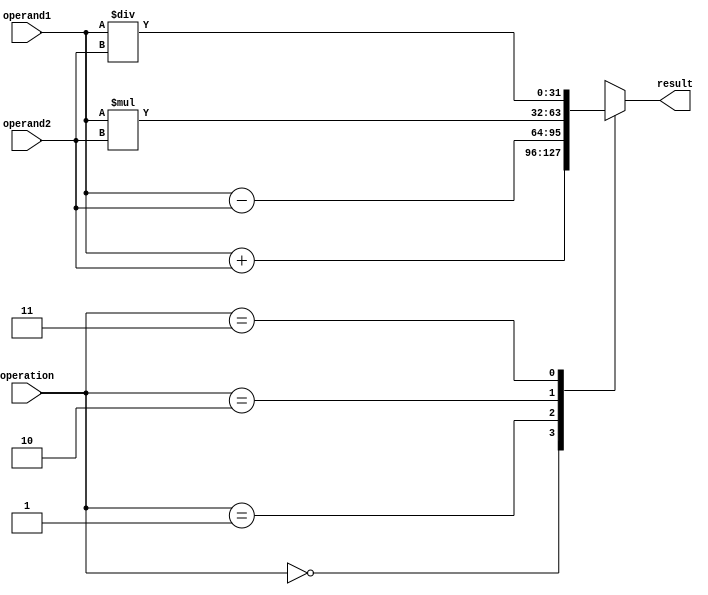
module FixedPointFloatingPointUnit (
    input wire [31:0] operand1,
    input wire [31:0] operand2,
    input wire [1:0] operation,
    output wire [31:0] result
);

reg [31:0] intermediate_result;

always @(*) begin
    case(operation)
        2'b00: intermediate_result <= operand1 + operand2;
        2'b01: intermediate_result <= operand1 - operand2;
        2'b10: intermediate_result <= operand1 * operand2;
        2'b11: intermediate_result <= operand1 / operand2;
    endcase
end

assign result = intermediate_result;

endmodule